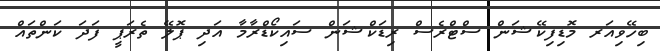
ބިހޭވިއަރ މޮޑިފިކޭޝަން ސްޓްރެސް ރިޑަކްޝަން ސައިކޯޑްރާމާ އަދި ޕޮލޭ ތެރަޕީ ފަދަ ކަންތައް